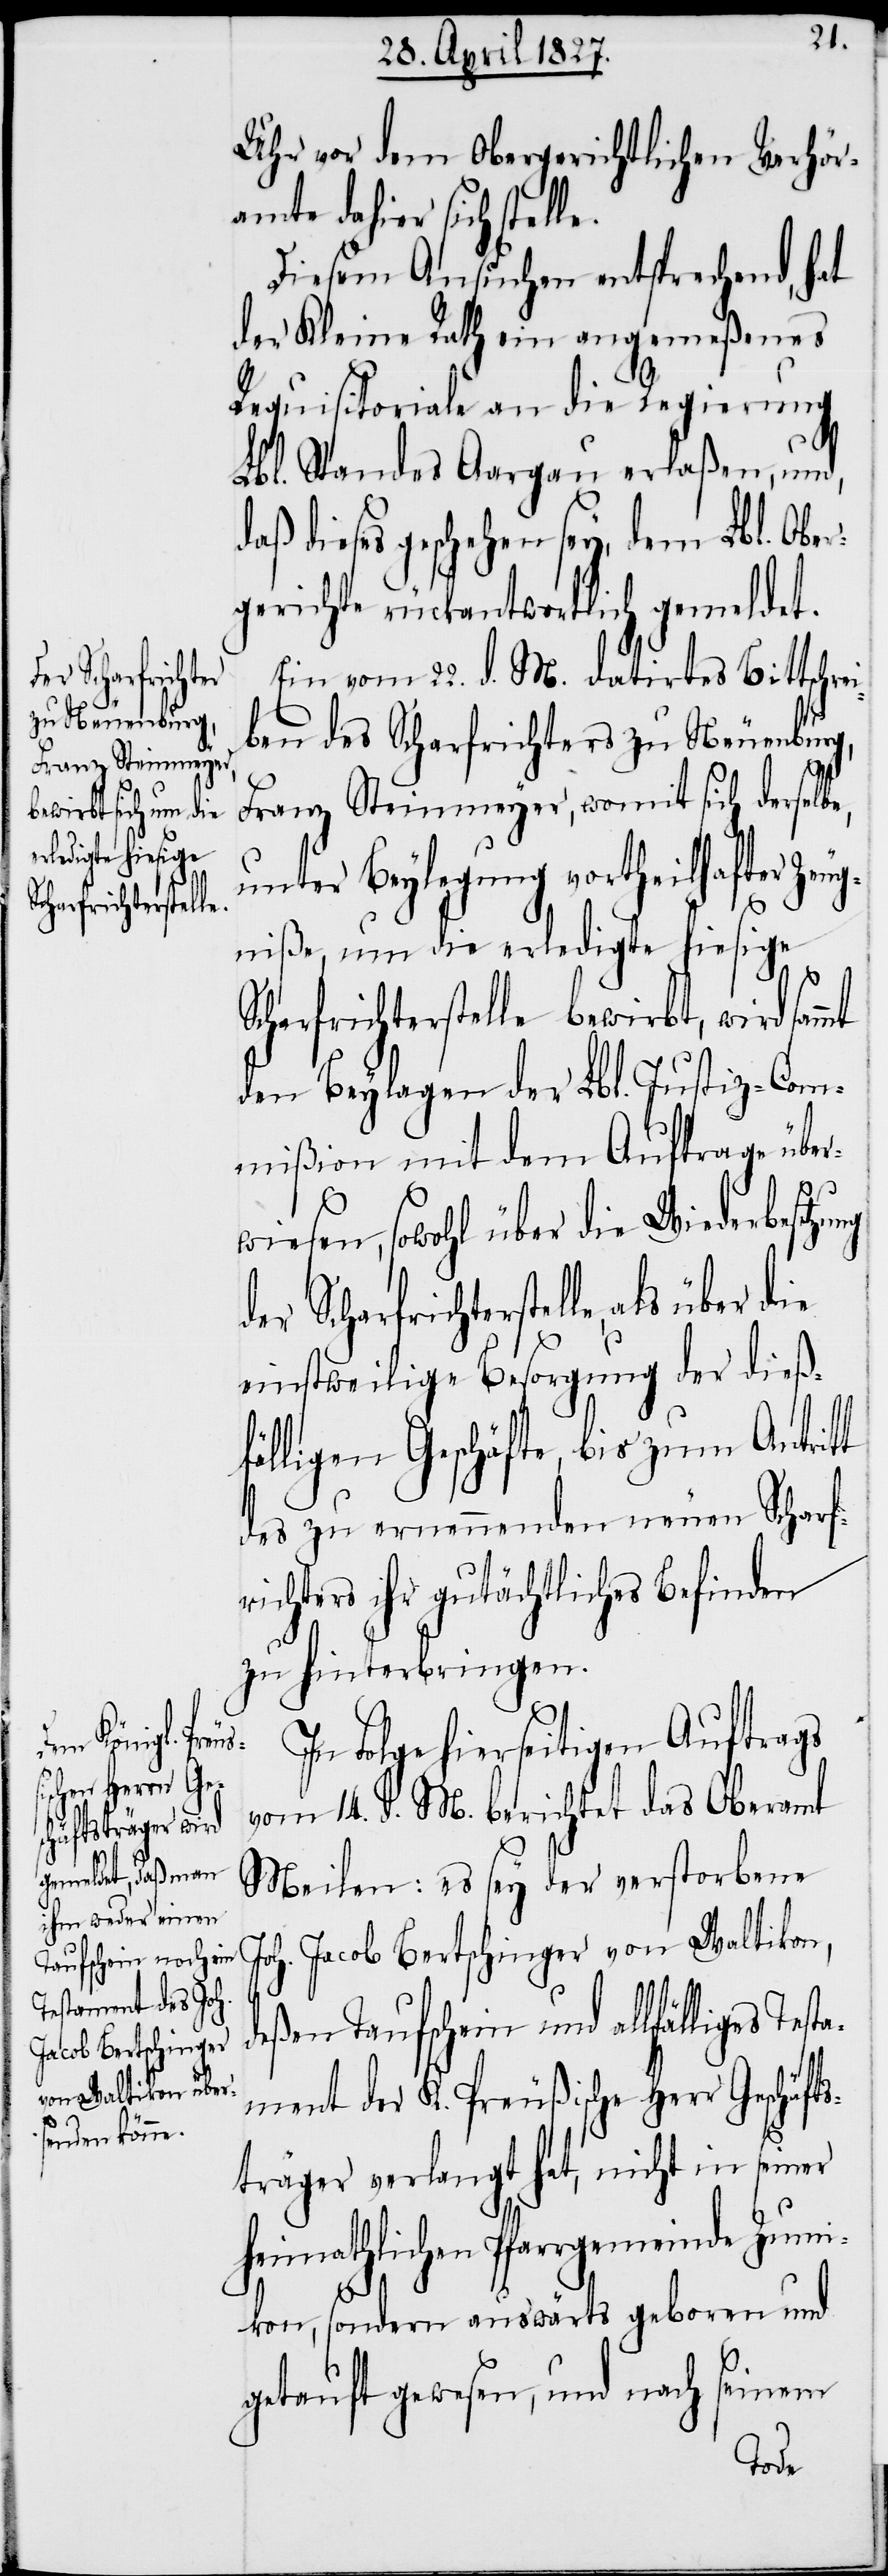
er Scharfricht¬

Uhr vor dem Obergerichtlichen Verhör¬
amte dahier sich stelle.
Diesem Ansuchen entsprechend, hat
der Kleine Rath ein angemeßenes
Requisitoriale an die Regierung
Lbl. Standes Aargau erlaßen, und,
dieses geschehen sey, dem Lbl. Obe¬
rgerichte rückantwortlich gemeldet.
Ein vom 22. d. M. datirtes Bittschre¬
iben des Scharfrichter zu Neuenburg,
Franz Steinmeyer, womit sich derselb¬
unter Beylegung vortheilhafter Zeu¬
gniße, um die erledigte hiesige
Scharfrichterstelle bewirbt, wird sam¬
den Beylagen der Lbl. Justiz-Com¬
mißion mit dem Auftrage über¬
wiesen, sowohl über die Wiederbesetzu¬
erstelle, als über die
einstweilige Besorgung der dießf¬
älligen Geschäfte, bis zum Antritt
des zu ernennenden neuen Scharf¬
richters ihr gutächtliches Befinden
zu hinterbringen.
In Folge hierseitigen Auftrags
vom 14. d. M. berichtet das Oberamt
Meilen: es sey der verstorbene
Joh. Jacob Bertschinger von Waltikon,
deßen Taufschein und allfälliges
ament der K. Preußische Herr Geschäft¬
sträger verlangt hat, nicht in seiner
heimathlichen Pfarrgemeinde Zum¬
ikon, sondern auswärts geboren und
getauft gewesen, und nach seinem
Test¬